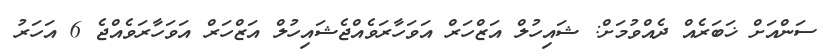
ސަންއަށް ޚަބަރެއް ދެއްވުމަށް: ޝައިހުލް އަޒްހަރް އަވަހާރަވެއްޖެޝައިހުލް އަޒްހަރް އަވަހާރަވެއްޖެ 6 އަހަރު